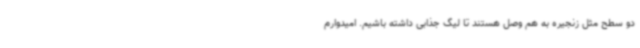
دو سطح مثل زنجیره به هم وصل هستند تا لیگ جذابی داشته باشیم. امیدوارم